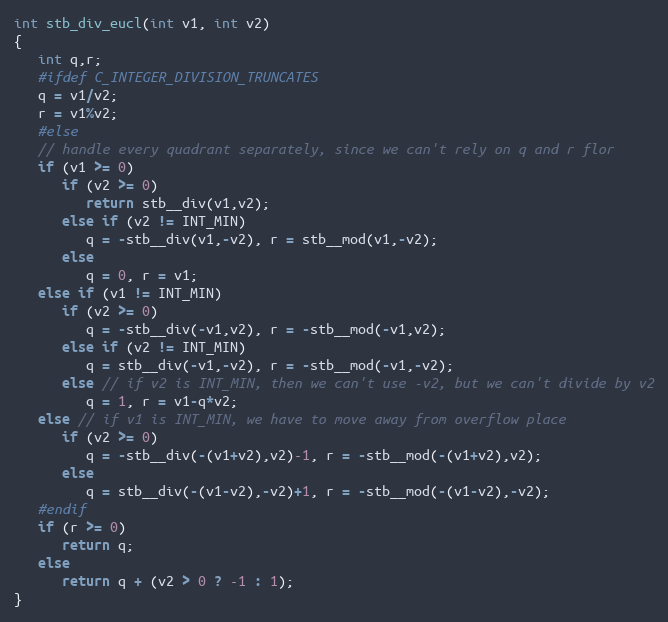
Language: C
int stb_div_eucl(int v1, int v2)
{
   int q,r;
   #ifdef C_INTEGER_DIVISION_TRUNCATES
   q = v1/v2;
   r = v1%v2;
   #else
   // handle every quadrant separately, since we can't rely on q and r flor
   if (v1 >= 0)
      if (v2 >= 0)
         return stb__div(v1,v2);
      else if (v2 != INT_MIN)
         q = -stb__div(v1,-v2), r = stb__mod(v1,-v2);
      else
         q = 0, r = v1;
   else if (v1 != INT_MIN)
      if (v2 >= 0)
         q = -stb__div(-v1,v2), r = -stb__mod(-v1,v2);
      else if (v2 != INT_MIN)
         q = stb__div(-v1,-v2), r = -stb__mod(-v1,-v2);
      else // if v2 is INT_MIN, then we can't use -v2, but we can't divide by v2
         q = 1, r = v1-q*v2;
   else // if v1 is INT_MIN, we have to move away from overflow place
      if (v2 >= 0)
         q = -stb__div(-(v1+v2),v2)-1, r = -stb__mod(-(v1+v2),v2);
      else
         q = stb__div(-(v1-v2),-v2)+1, r = -stb__mod(-(v1-v2),-v2);
   #endif
   if (r >= 0)
      return q;
   else
      return q + (v2 > 0 ? -1 : 1);
}